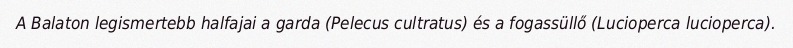
A Balaton legismertebb halfajai a garda (Pelecus cultratus) és a fogassüllő (Lucioperca lucioperca).